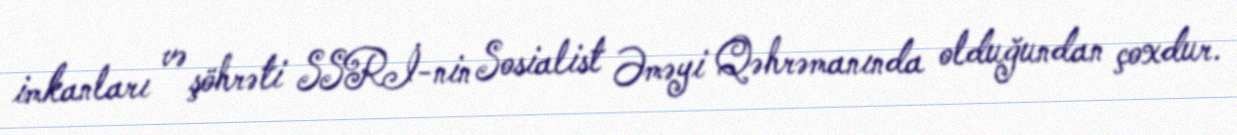
imkanları və şöhrəti SSRİ-nin Sosialist Əməyi Qəhrəmanında olduğundan çoxdur.